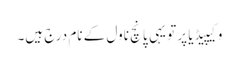
وکیپیڈیا پر تو یہی پانچ ناول کے نام درج ہیں۔